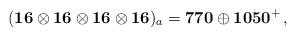
LaTeX: \begin{align*}(\mathbf{16\otimes16\otimes16\otimes16})_a =\mathbf{770} \oplus \mathbf{1050}^+\, ,\end{align*}